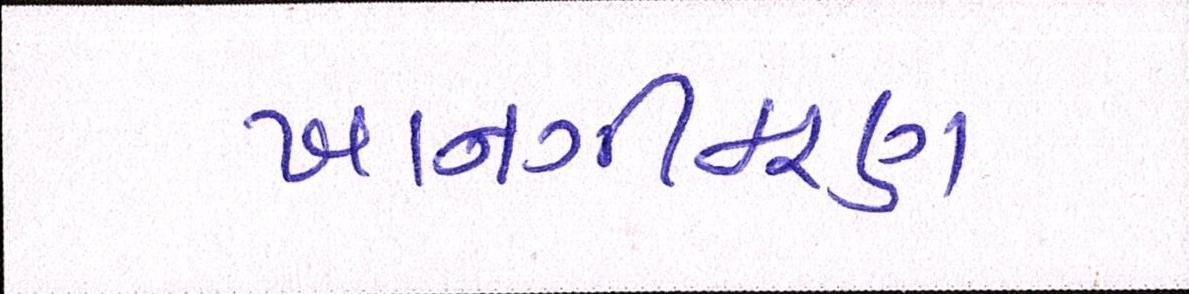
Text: ખાનગીકરણ